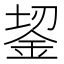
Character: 𬫎